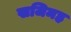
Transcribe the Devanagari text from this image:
खजिमह